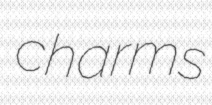
charms